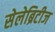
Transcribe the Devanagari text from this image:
सेलेब्रिटीज